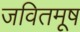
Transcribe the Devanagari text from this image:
जवितमूष